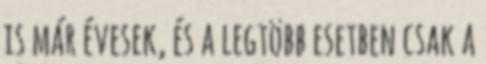
is már évesek, és a legtöbb esetben csak a